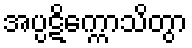
အပ္ပဋိက္ကောသိတွာ